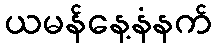
ယမန်နေ့နံနက်